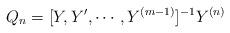
LaTeX: \begin{align*}Q_n=[Y,Y',\cdots,Y^{(m-1)}]^{-1}Y^{(n)}\end{align*}